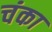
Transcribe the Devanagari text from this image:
चंका